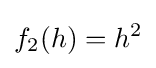
f_{2}(h)=h^{2}